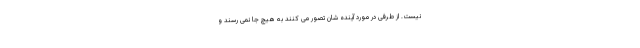
نیست. از طرفی در مورد آینده شان تصور می کنند به هیچ جا نمی رسند و